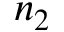
n _ { 2 }